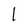
Character: 1